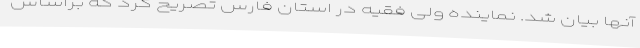
آنها بیان شد. نماینده ولی فقیه در استان فارس تصریح کرد که براساس